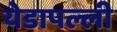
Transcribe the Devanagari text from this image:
येडापल्ली